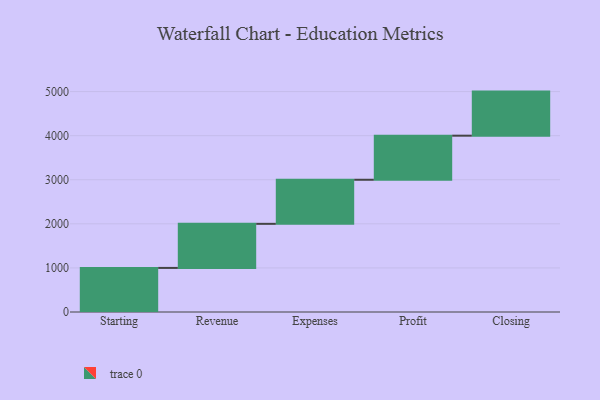
{"axis": {"x": "Step", "y": "Value"}, "legend": [""], "data": [{"x": "Starting", "y": 1000, "type": ""}, {"x": "Revenue", "y": 1000, "type": ""}, {"x": "Expenses", "y": 1000, "type": ""}, {"x": "Profit", "y": 1000, "type": ""}, {"x": "Closing", "y": 1000, "type": ""}]}